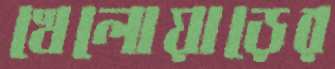
খেলোয়াড়ের